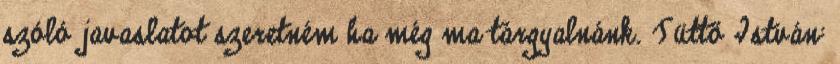
szóló javaslatot szeretném ha még ma tárgyalnánk. Tüttő István: